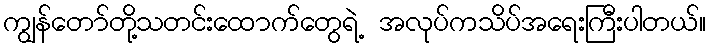
ကျွန်တော်တို့သတင်းထောက်တွေရဲ့ အလုပ်ကသိပ်အရေးကြီးပါတယ်။